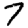
Digit: 7